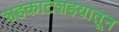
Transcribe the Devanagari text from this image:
शहकाटशहयातून